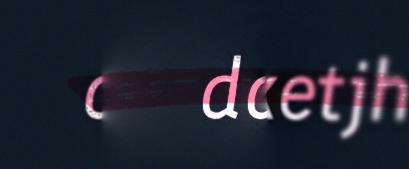
dalhketjh